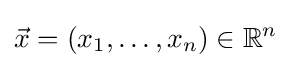
{\vec {x}}=(x_{1},\dots ,x_{n})\in \mathbb {R} ^{n}